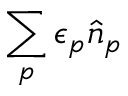
\sum _ { p } \epsilon _ { p } \hat { n } _ { p }